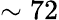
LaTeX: \sim 72